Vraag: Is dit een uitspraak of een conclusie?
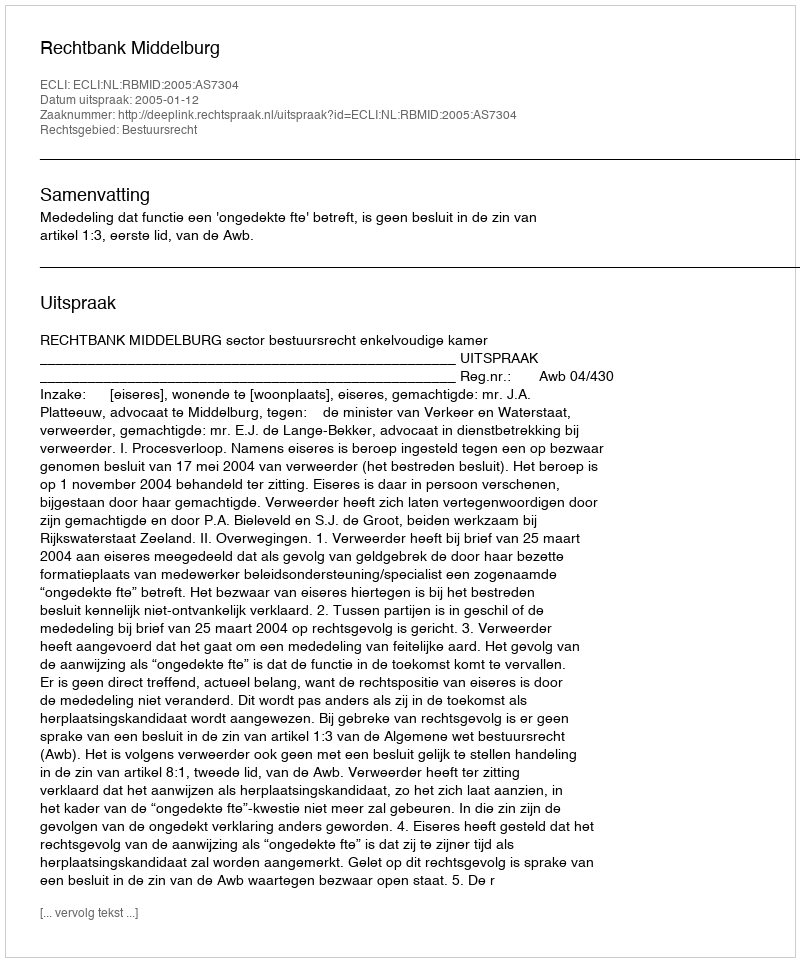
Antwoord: Uitspraak